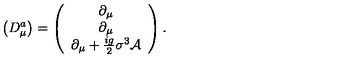
\left( D _ { \mu } ^ { a } \right) = \left( \begin{array} { c } { \partial _ { \mu } } \\ { \partial _ { \mu } } \\ { \partial _ { \mu } + \frac { i g } { 2 } \sigma ^ { 3 } \mathcal { A } } \\ \end{array} \right) .